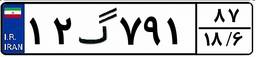
۱۲گ۷۹۱۸۷